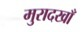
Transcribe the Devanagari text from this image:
मुरादखाँ